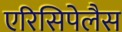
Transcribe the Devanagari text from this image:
एरिसिपेलैस